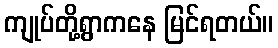
ကျုပ်တို့ရွာကနေ မြင်ရတယ်။